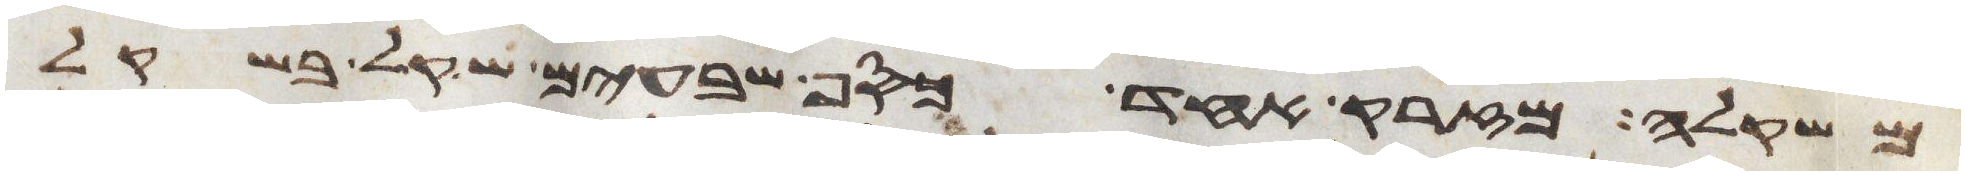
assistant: משקלה מזרק אחד כסף שבעים שקל בשקל